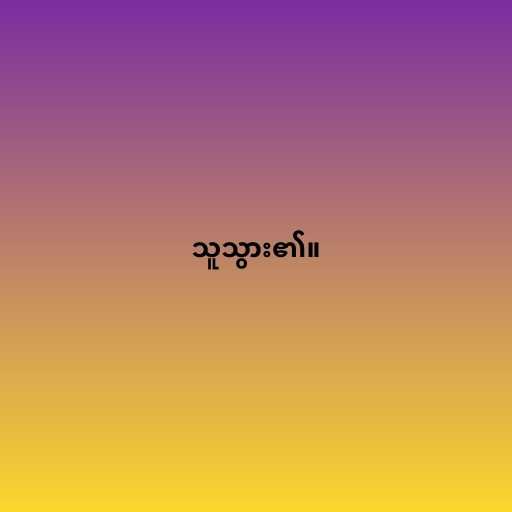
သူသွား၏။